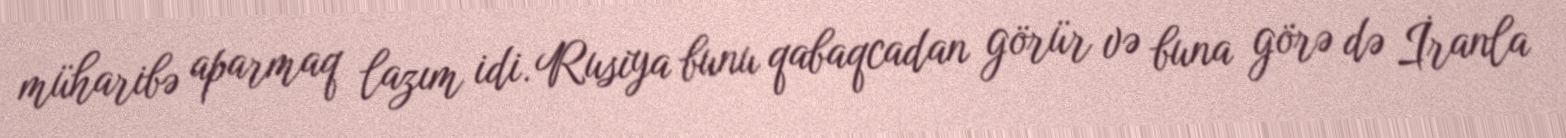
müharibə aparmaq lazım idi. Rusiya bunu qabaqcadan görür və buna görə də İranla